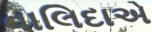
વાલિદાએ